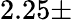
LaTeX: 2.25\pm